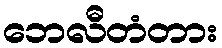
ဘေလီတံတား